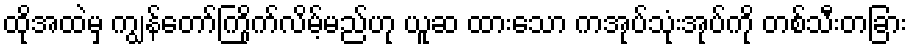
ထိုအထဲမှ ကျွန်တော်ကြိုက်လိမ့်မည်ဟု ယူဆ ထားသော ကအုပ်သုံးအုပ်ကို တစ်သီးတခြား